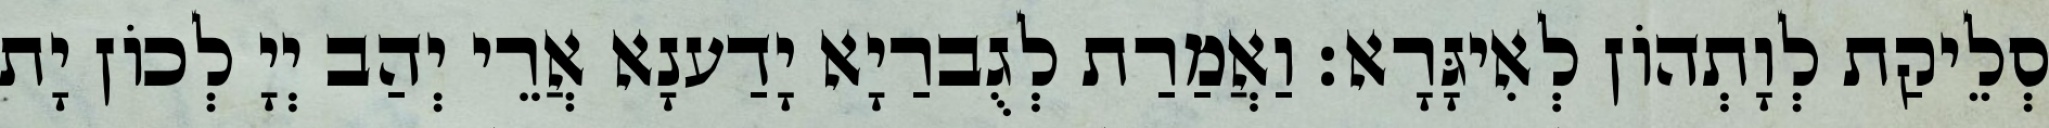
סְלֵיקַת לְוָתְהוֹן לְאִיגָּרָא׃ וַאֲמַרַת לְגֻברַיָא יָדַענָא אֲרֵי יְהַב יְיָ לְכוֹן יָת